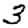
Digit: 3